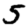
Digit: 5